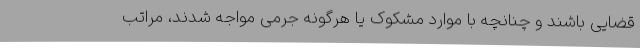
قضایی باشند و چنانچه با موارد مشکوک یا هرگونه جرمی مواجه شدند، مراتب